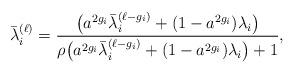
LaTeX: \begin{align*}\bar{\lambda}_i^{(\ell)}&= \frac{\bigl(a^{2g_i}\bar{\lambda}_{i}^{(\ell-g_i)} + (1-a^{2g_i})\lambda_i\bigr)}{\rho\bigl(a^{2g_i}\bar{\lambda}_{i}^{(\ell-g_i)} + (1-a^{2g_i})\lambda_i\bigr) + 1},\end{align*}